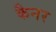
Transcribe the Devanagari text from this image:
कैनर